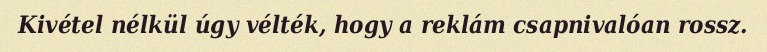
Kivétel nélkül úgy vélték, hogy a reklám csapnivalóan rossz.